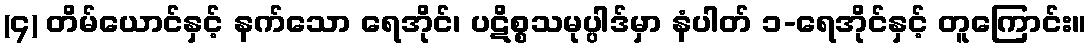
(၄) တိမ်ယောင်နှင့် နက်သော ရေအိုင်၊ ပဋိစ္စသမုပ္ပါဒ်မှာ နံပါတ် ၁-ရေအိုင်နှင့် တူကြောင်း။